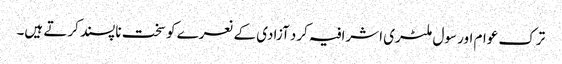
ترک عوام اور سول ملٹری اشرافیہ کرد آزادی کے نعرے کو سخت ناپسند کرتے ہیں۔